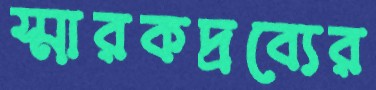
স্মারকদ্রব্যের